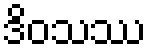
ဒိဝသဿ